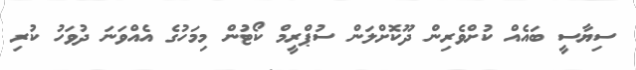
ސިޔާސީ ބައެއް ކުށްވެރިން ދޫކޮށްލަން ސުޕްރީމް ކޯޓުން މިމަހުގެ އެއްވަނަ ދުވަހު ކުރި